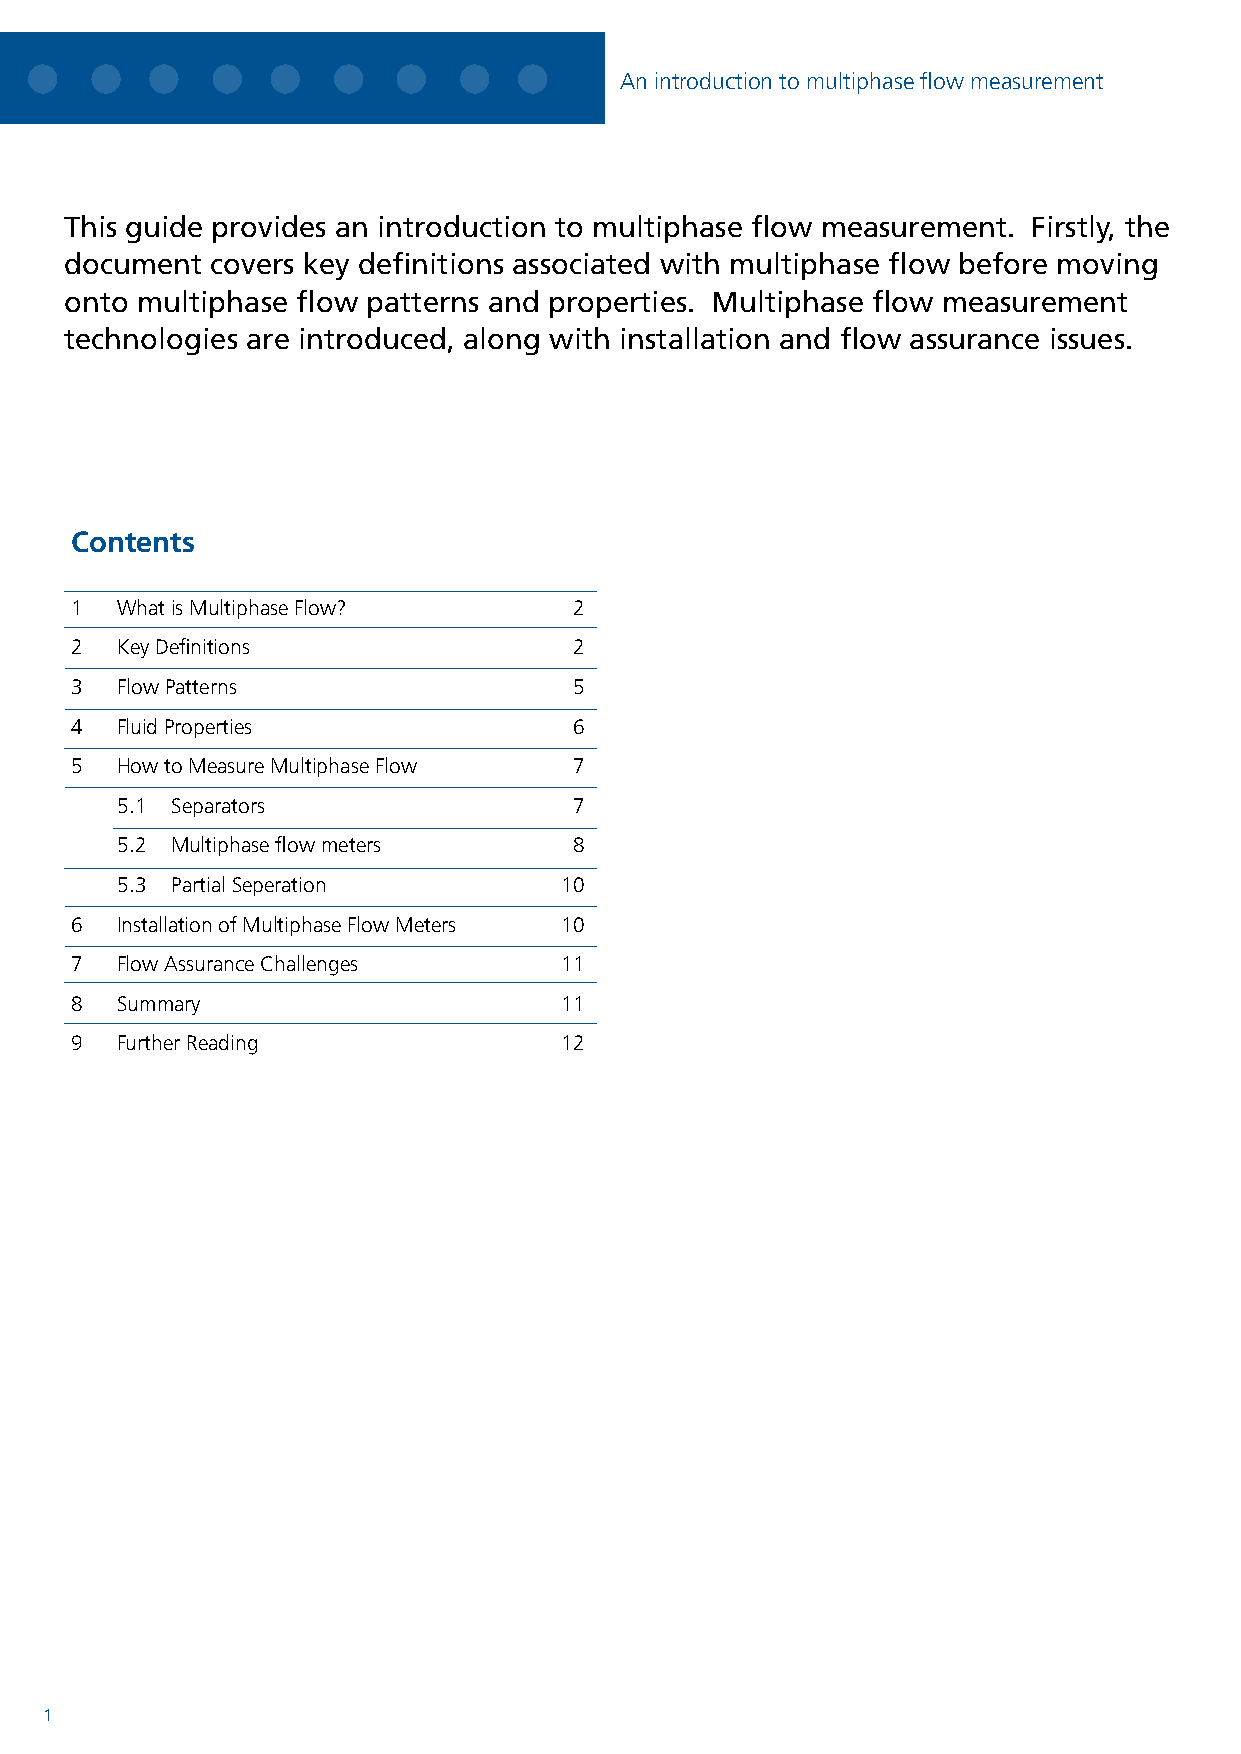
An introduction to multiphase flow measurement
 This guide provides an introduction to multiphase flow measurement. Firstly, the
 document  covers key definitions associated with multiphase flow before moving
 onto multiphase flow patterns and properties. Multiphase flow measurement
 technologies are introduced, along with installation and flow assurance issues.
 Contents
 1  What is Multiphase Flow?      2
 2  Key Definitions               2
 3  Flow Patterns                 5
 4  Fluid Properties              6
 5  How to Measure Multiphase Flow 7
 5.1 Separators                7
 5.2 Multiphase flow meters    8
 5.3 Partial Seperation       10
 6  Installation of Multiphase Flow Meters 10
 7  Flow Assurance Challenges    11
 8  Summary                      11
 9  Further Reading              12
 1                                                                                                                                                             2